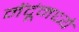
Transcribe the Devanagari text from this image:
मेंदूंमध्ये